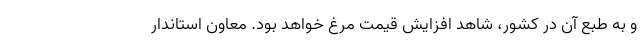
و به طبع آن در کشور، شاهد افزایش قیمت مرغ خواهد بود. معاون استاندار